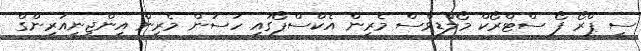
ސީ ޕްރޯ ފޯ ސްޓްރޯކް މޯލްޑިވްސް މެރިން އެކްސްޕޯގައި ހަސަން މެރިން އިންޖިނިއަރިންގް